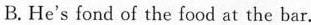
B.He's fond of the food at the bar.